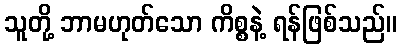
သူတို့ ဘာမဟုတ်သော ကိစ္စနဲ့ ရန်ဖြစ်သည်။